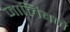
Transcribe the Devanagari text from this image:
जालिबने